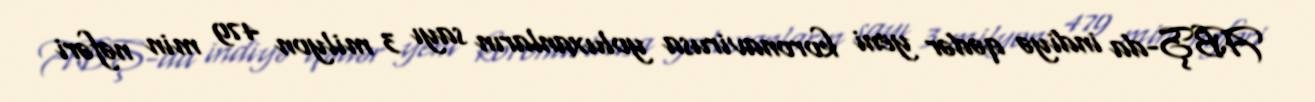
ABŞ-da indiyə qədər yeni koronavirusa yoluxanların sayı 3 milyon 479 min nəfəri